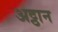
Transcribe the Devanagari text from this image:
अट्ठान